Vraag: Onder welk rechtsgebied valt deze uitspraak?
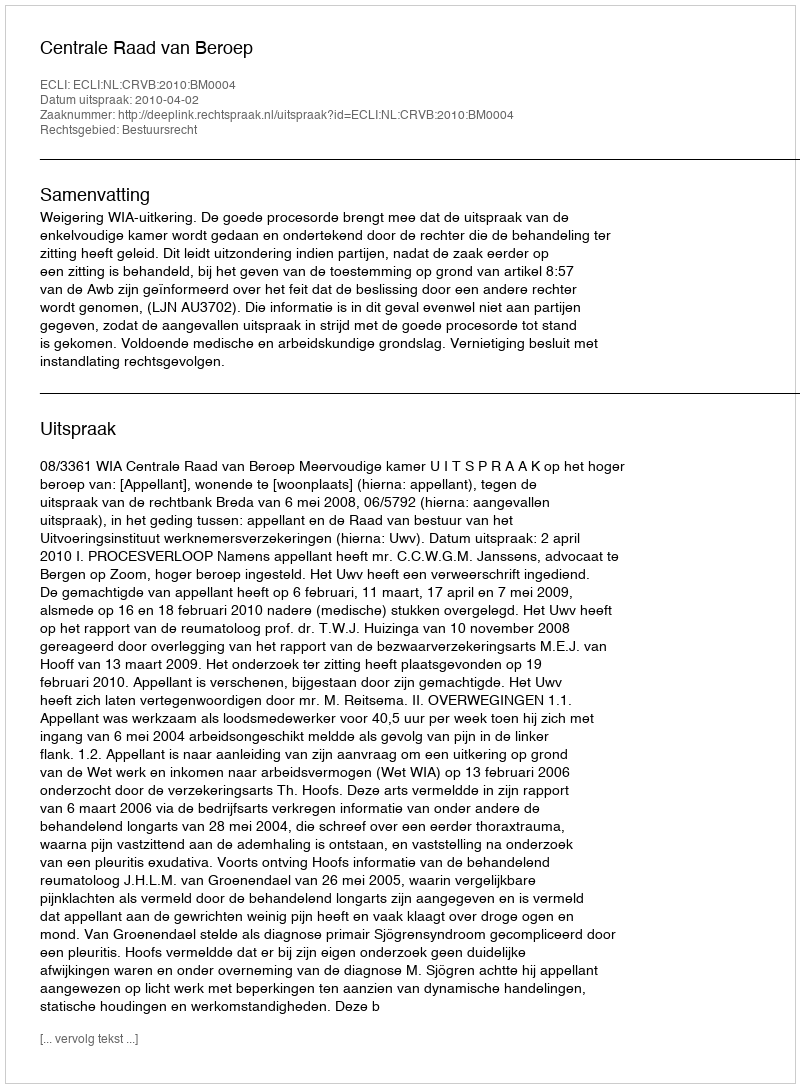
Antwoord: Bestuursrecht